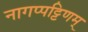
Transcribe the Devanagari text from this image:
नागप्पट्टिणम्